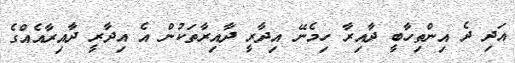
އަދި ދެ އިންތިހާބީ ދާއިރާ ހިމެނޭ އިދާރީ ދާއިރާތަކުން އެ އިދާރީ ދާއިރާއެއްގެ